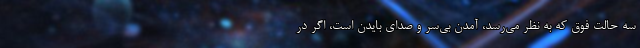
سه حالت فوق که به نظر می‌رسد، آمدن بی‌سر و صدای بایدن است، اگر در